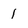
Character: 1